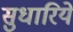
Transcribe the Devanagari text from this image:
सुधारिये